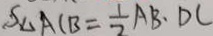
S _ { \Delta A C B } = \frac { 1 } { 2 } A B \cdot D C